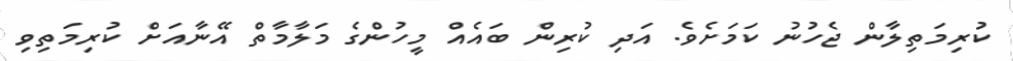
ކުރިމަތިލާން ޖެހުނު ކަމަށެވެ. އަދި ކުރިން ބައެއް މީހުންގެ މަލާމާތް އޭނާއަށް ކުރިމަތިވި